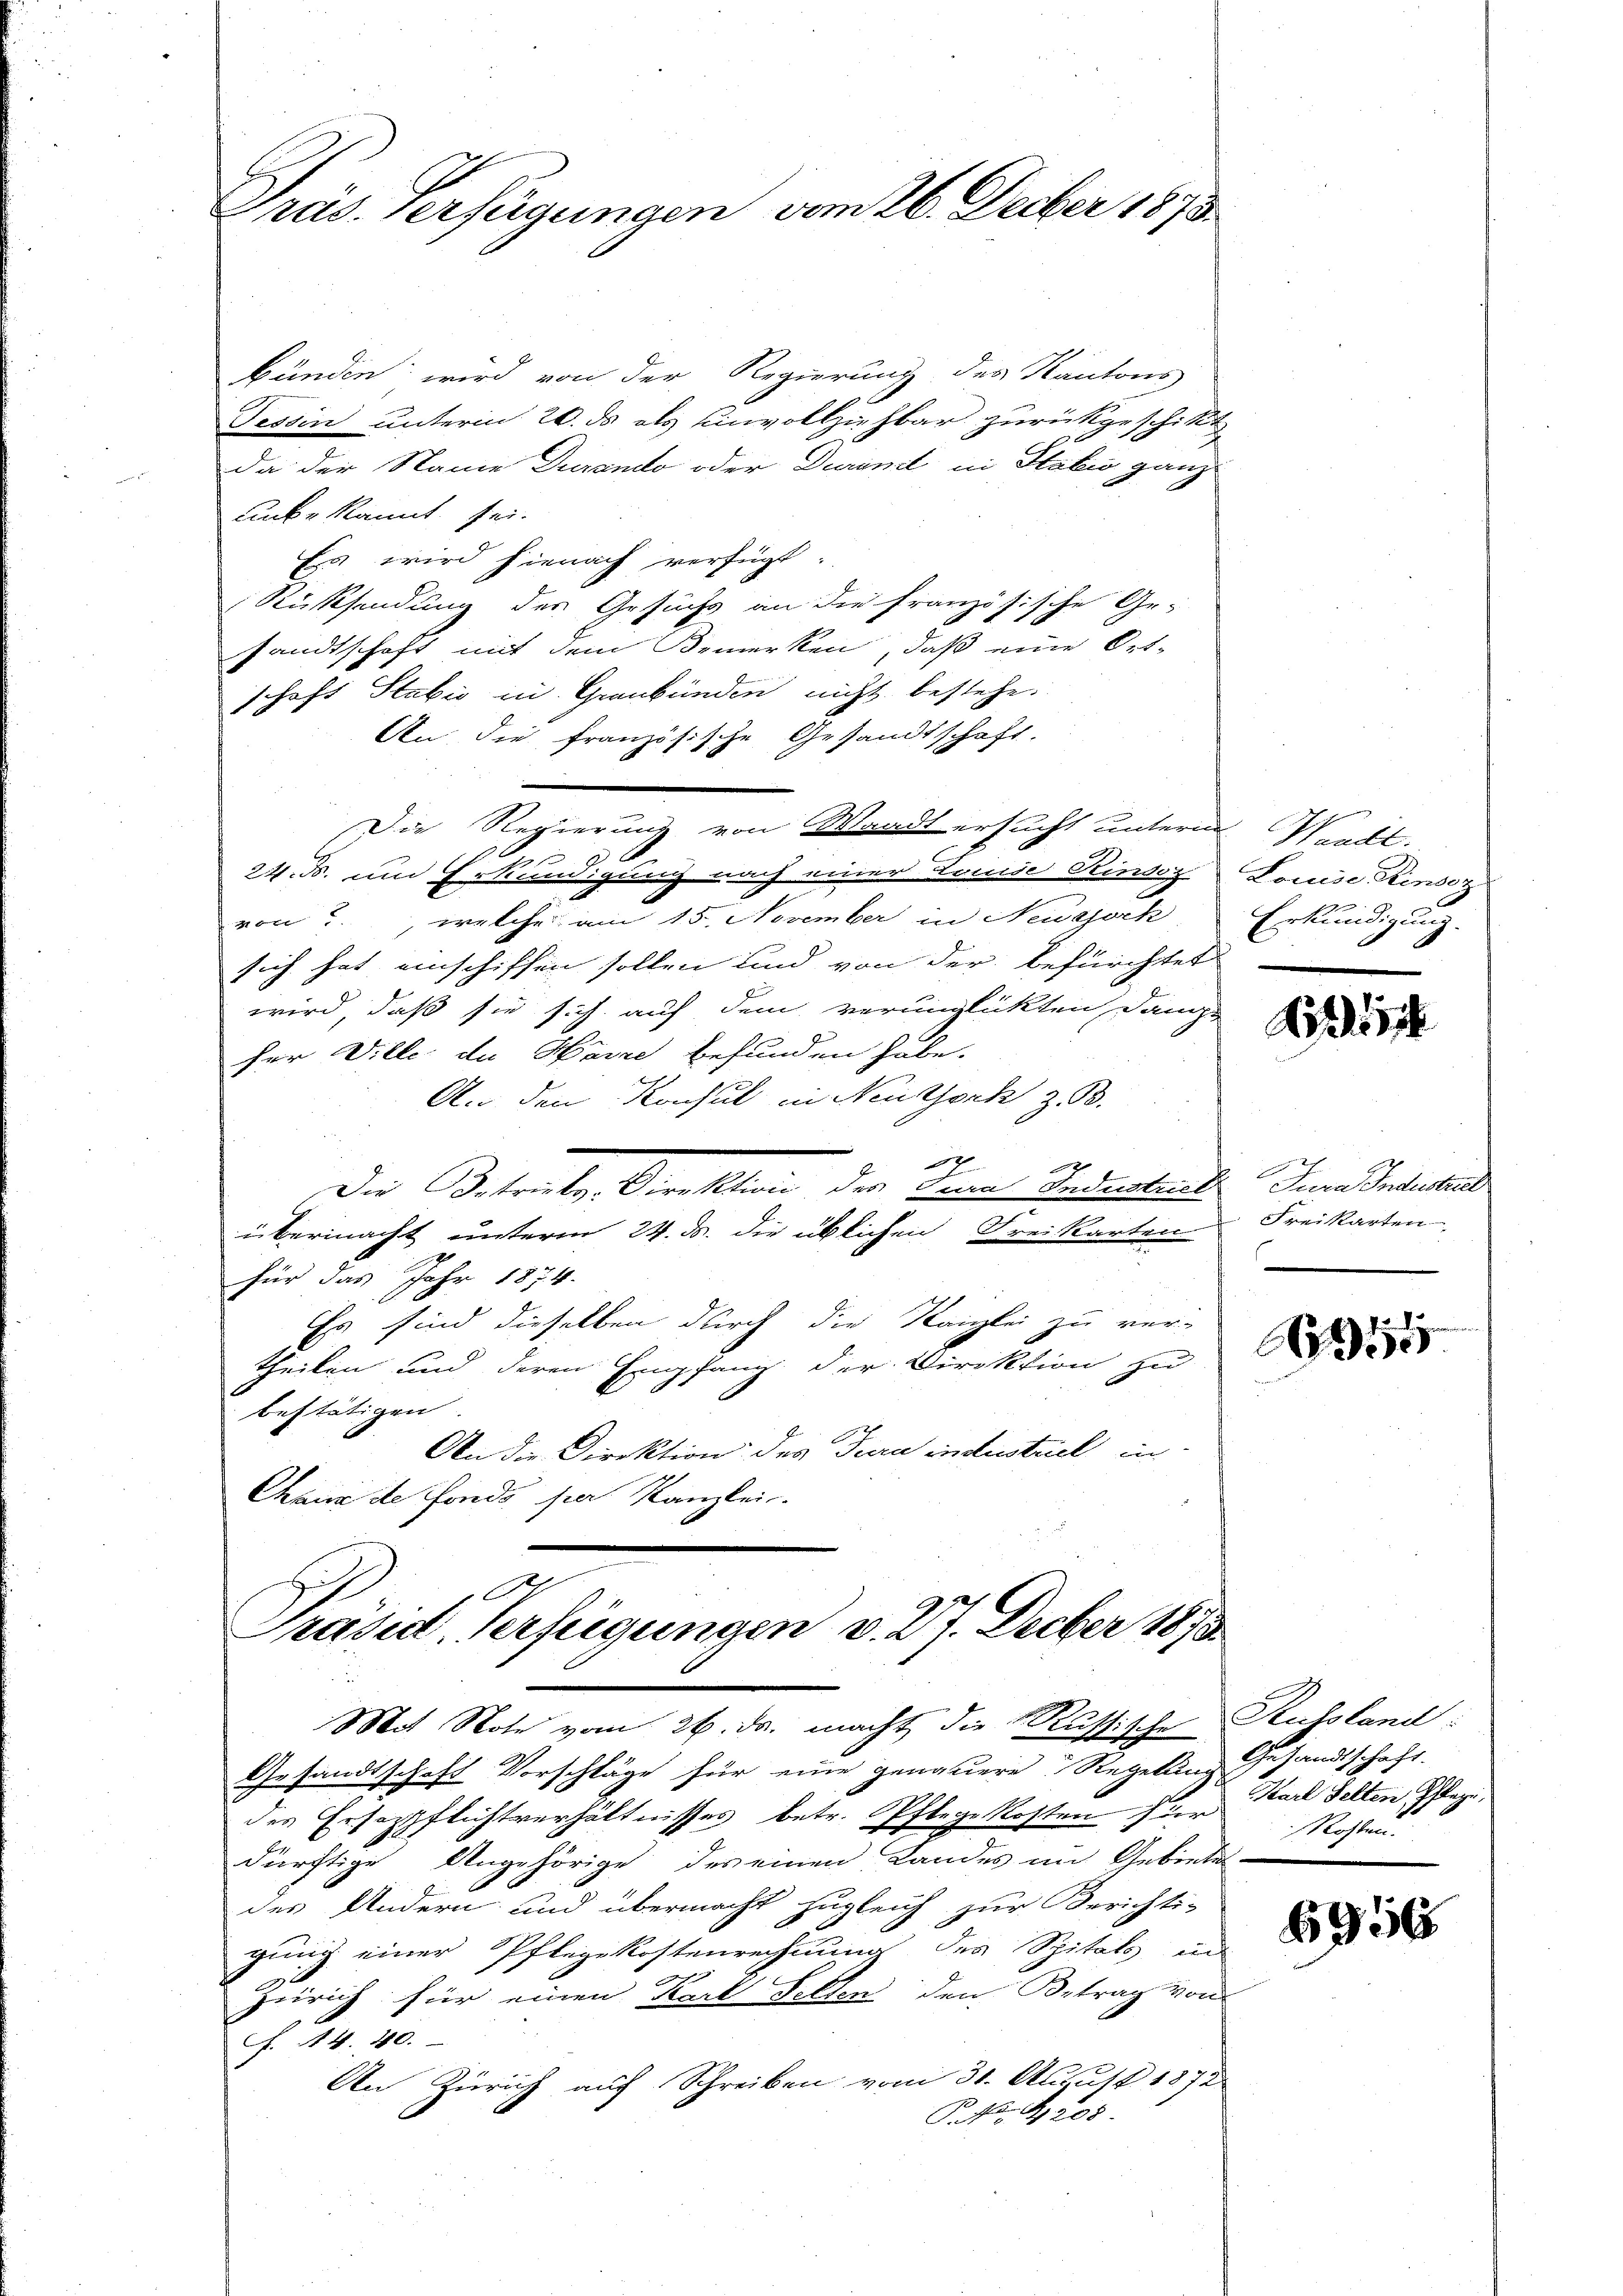
Präs. Verfügungen vom 26. Decber 1873.

bünden wird von der Regierung des Kantons
Tessin unterm 20. ds als Einvollziehbar zurückgeschikt
da der Name Durando oder Durinit in Sabić ganz
unke kannt sei.
Es wird hienach verfügt:
Rücksendung des Gesuchs an die französische Ge-
sandtschaft mit dem Bemerken, daß eine Ort-
schaft Stabić in Graubünden nicht bestehe.
An die französische Gesandtschaft.
Die Regierung von Waadt ersucht unterm Waadt.
24. d. um Erkundigung nach einer Tause Rinsoz Louise Kinoz
von 3., welche am 15. November in Neugjoch
sich hat einschiffen sollen und von der befürchtet
wird, daß sie sich auf dem verunglickten Dane
für Ville de Harre befunden habe.
An den Konsul in Neuthoch z. B.
2
Die Betrale, Direktion der Dann Industrat. In Unterli
übermacht unterm 24. ds. die üblichen Freikarten Freikarten
Für das Jahr 1874.
Es sind dieselben durch die Kanzlei zu ver-
theilen und deren Empfang der Direktion zu
bestätigen
An die Direktion des Jura industriel in
Chaux de Fonds per Kanzlei.

A
Präsid. Verfügungen v. 27. Decber 1873

Mit Note vom 26. ds. macht die Russische Russland
Gesandtschaft Vorschläge für eine genauere Regelung Gesandtschaft.
Pflege Kosten hier Karl Selten bezi
des Ersazpflichtverhältnisses betr.
dürftige Angehörige des einen Landes im Gebietes-
des Andern und übermacht zugleich zur Berichti-
gung einer Pflegekostenrechnung des Spitals in
Zürich für einen Karl Fellen den Betrag von
f. § 4. 40.
An Zürich auf Schreiben vom 31. August 1872
P. Nr. 208.

Erkundigung.

11

s

915

Rohten.

956